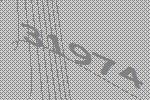
31974